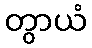
တွာယံ